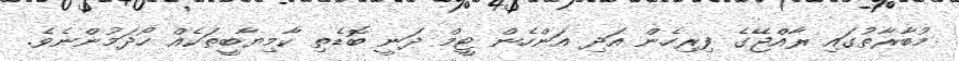
މުބާރާތުގައި ރާއްޖޭގެ ފިރިހެން އަދި އަންހެން ޓީމް ދަނީ ބޮޑެތި ކާމިޔާބީތަކެއް ހޯދަމުންނެވެ.